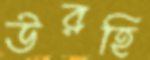
উরহি